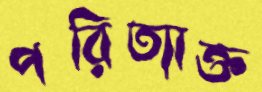
পরিত্যাক্ত